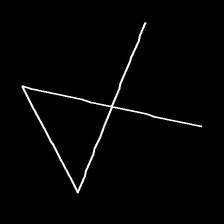
Glyph: collection